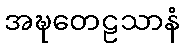
အဍ္ဎတေဠသာနံ